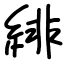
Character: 緋